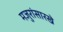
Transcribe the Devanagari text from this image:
मजुरांसारखे